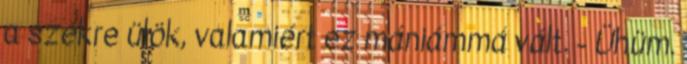
a székre ülök, valamiért ez mániámmá vált. - Ühüm.